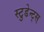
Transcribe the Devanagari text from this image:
स्टुडेन्ट्स